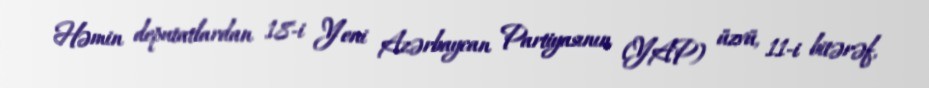
Həmin deputatlardan 18-i Yeni Azərbaycan Partiyasının (YAP) üzvü, 11-i bitərəf,